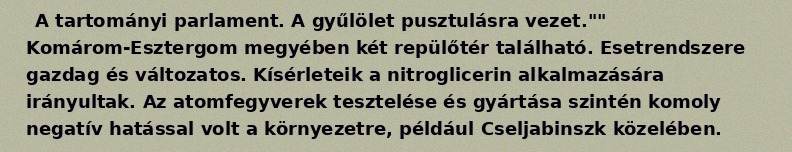
A tartományi parlament. A gyűlölet pusztulásra vezet."" Komárom-Esztergom megyében két repülőtér található. Esetrendszere gazdag és változatos. Kísérleteik a nitroglicerin alkalmazására irányultak. Az atomfegyverek tesztelése és gyártása szintén komoly negatív hatással volt a környezetre, például Cseljabinszk közelében.